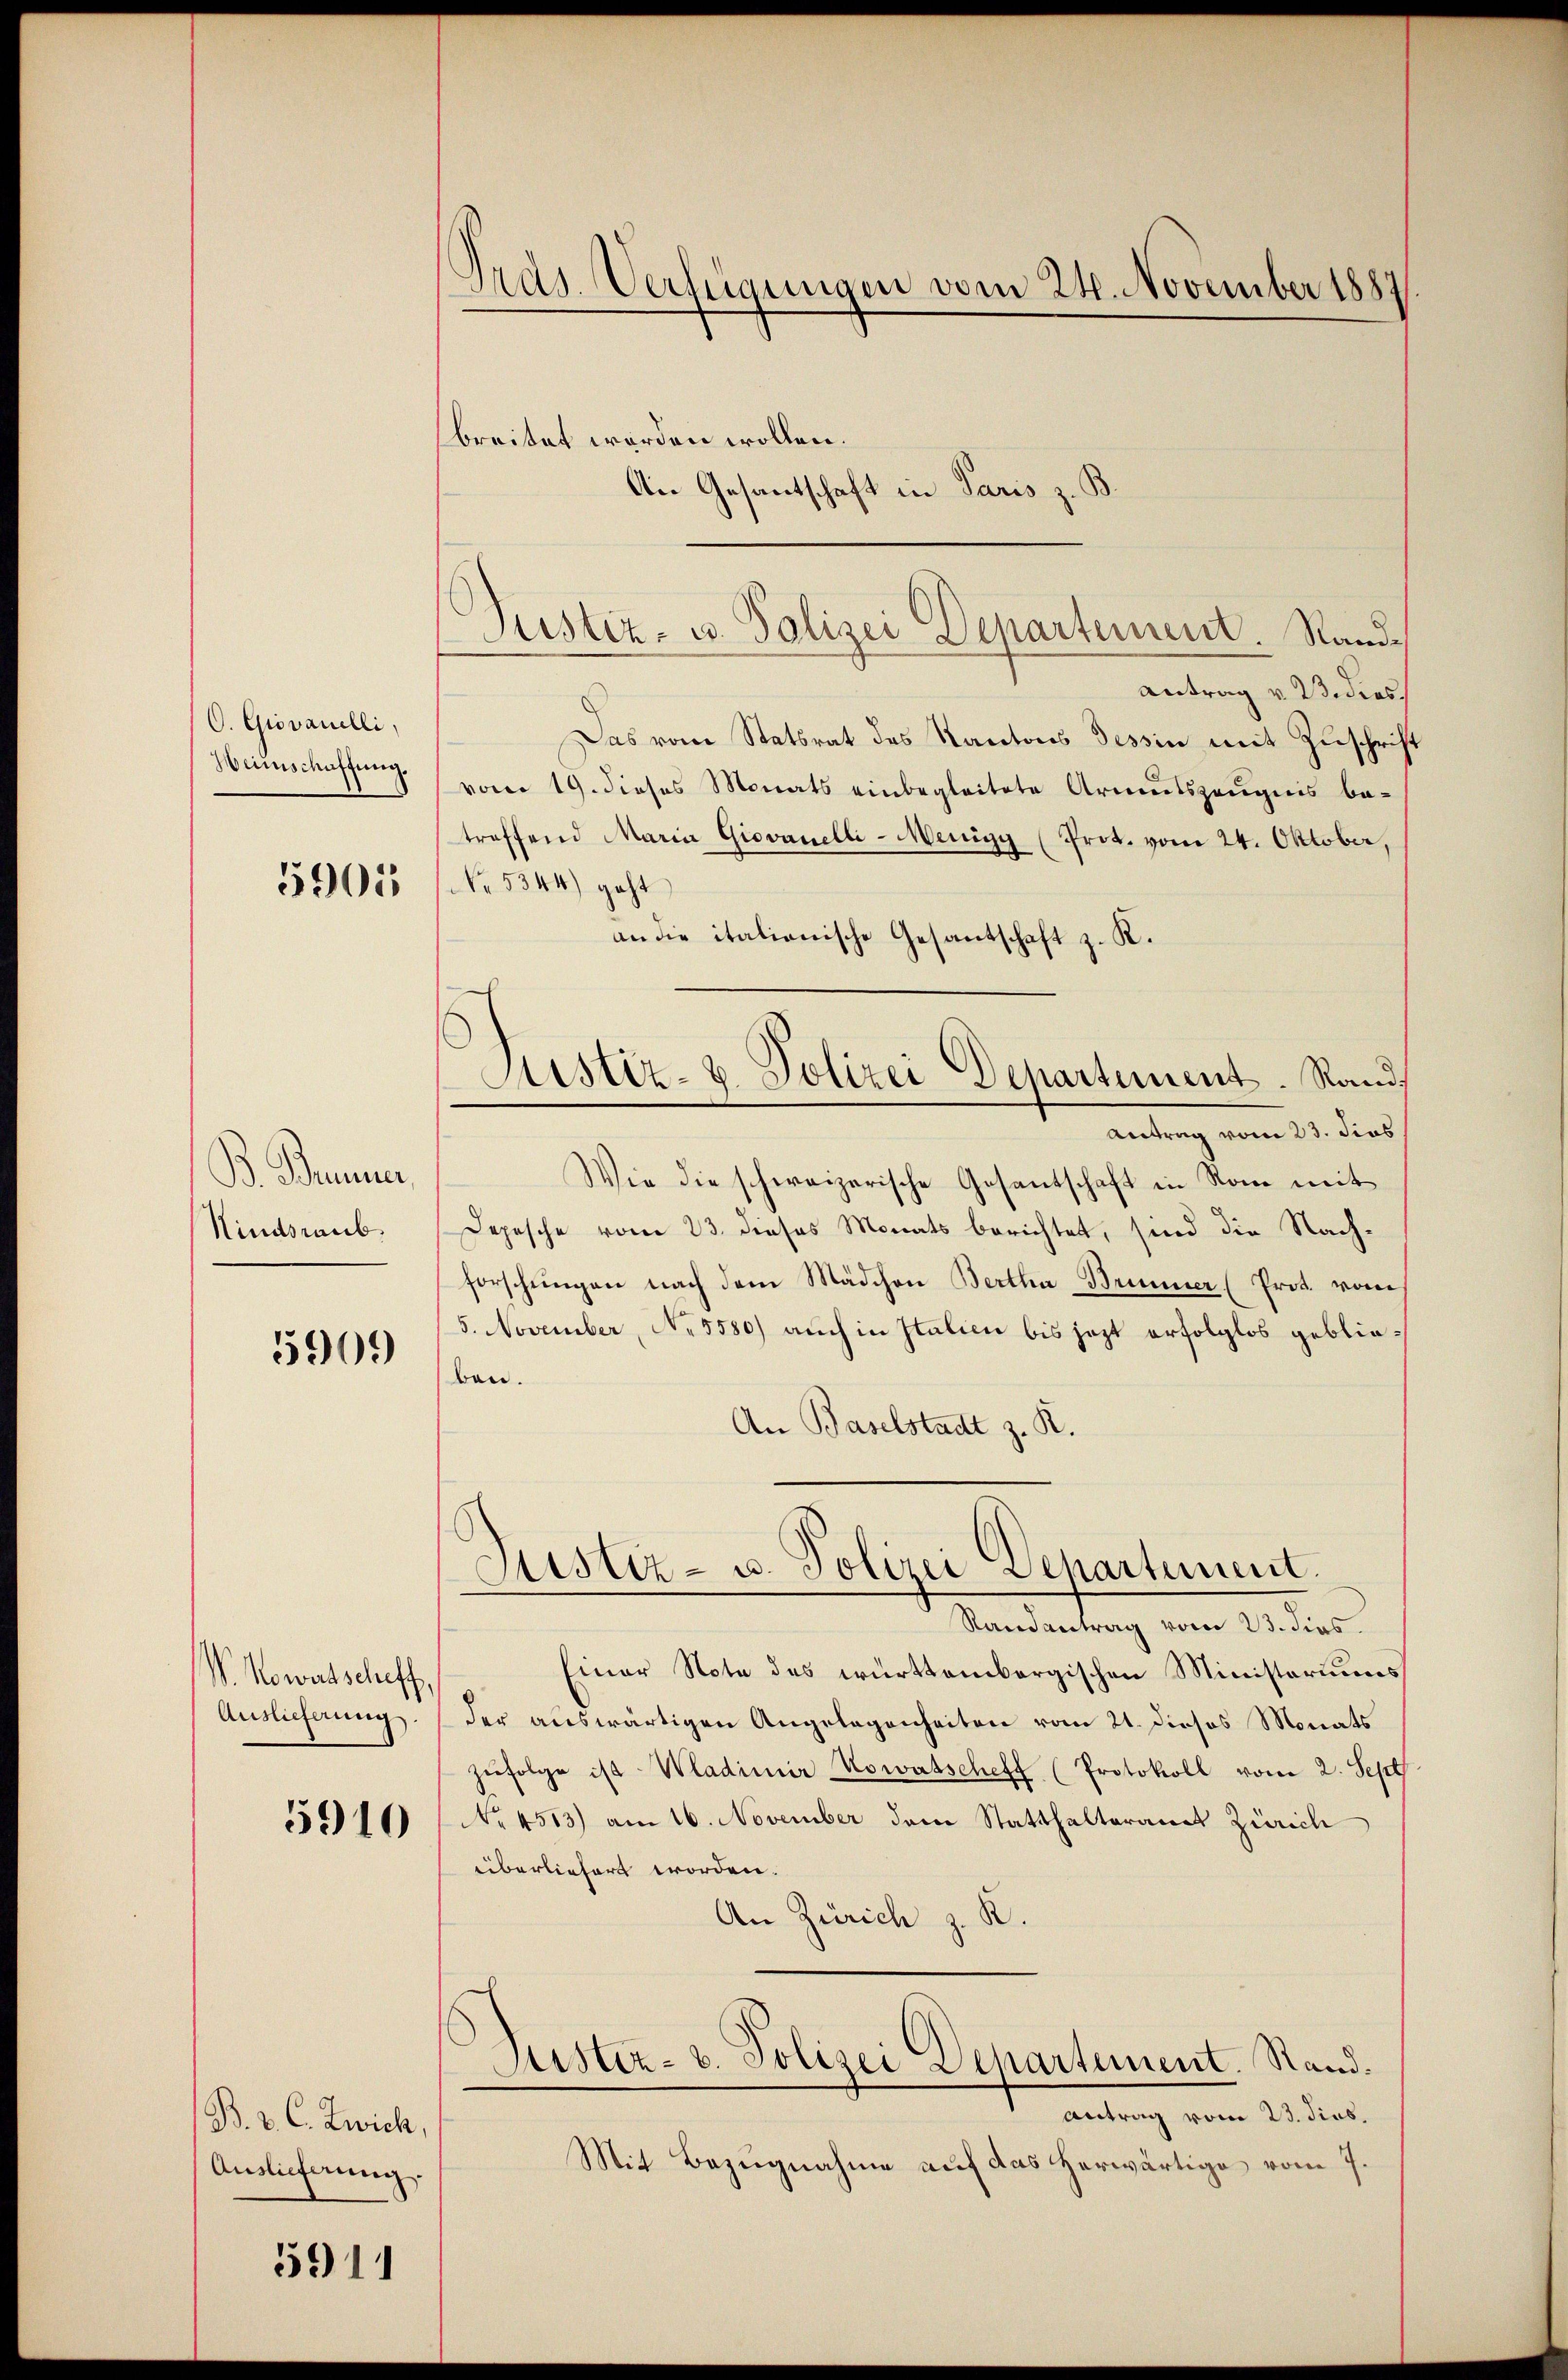
O. Giovanelli,
Wunschaffung.
5905

B. Bauer,
Kindsraub.

5909

V. Kowitscheff,
Auslieferung
5910

B. 2. C. Zwich,
Auslieferung.

5911

Ordg. Verfügungen vom 24. November 1887

breitet worden wollen.
An Gesantschaft in Paris z. B

Justiz- u. Polizei Departement. Rand¬

Justiz- & Polizei Departement. Rand,

Antrag v. Bedies
Das vom Statsrat des Kantons Tessin mit Zuschrif
vom 19. dieses Monats einbegleitete Armutszeugnis be-
troffend Maria Giovanelli-Menigg (Prot. vom 24. Oktober,
NNo. 5544) geht
an die itationische Gesantschaft z. K.
Antrag vom 23. dies
Wie die schweizerische Gesantschaft in Rom mit
Depesche vom 23. dieses Monats berichtet, sind die Nachforschungen nach dem Mädchen Bertha Brunner (Prot. von
5. November, No 5580) auch in Italien bis jezt erfolglos geblieben.
An Baselstadt z. R.
Justiz- u. Polizei Departement.
e
Randantrag vom 23. dies
Einer Note des württembergischen Ministoriums
der auswärtigen Angelegenheiten vom 21. dieses Monats
zŭfolge ist Wladimir Kowatscheff (Protokoll vom 2. Sept
No 4513) am 16. November dem Statthalteramt Zürich
überliefert worden.
An Zürich z. K.
Justiz- u. Polizei Departement. Stand.
Antrag vom 23. Jins.
Mit Bezugnahme auf das herwärtige vom 7.